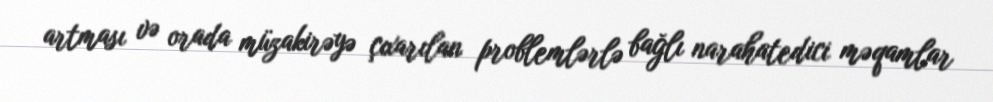
artması və orada müzakirəyə çıxarılan problemlərlə bağlı narahatedici məqamlar